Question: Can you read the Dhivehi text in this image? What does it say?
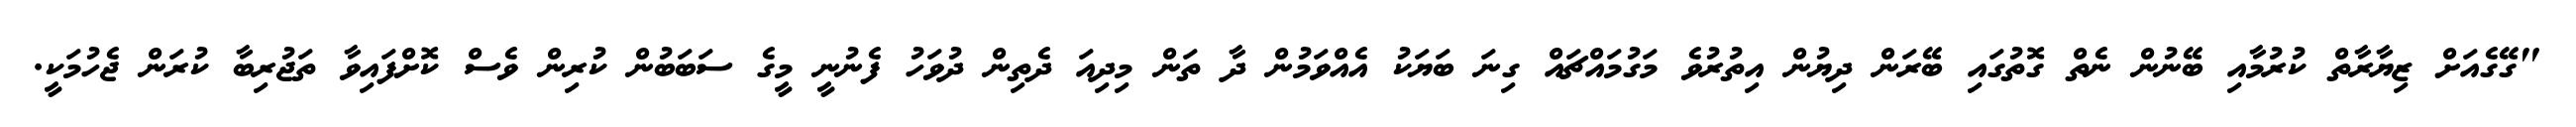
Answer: "ގޭގެއަށް ޒިޔާރާތް ކުރުމާއި ބޭނުން ނެތް ގޮތުގައި ބޭރަން ދިޔުން އިތުރުވެ މަގުމައްޗައް ގިނަ ބަޔަކު އެއްވަމުން ދާ ތަން މިދިއަ ދެތިން ދުވަހު ފެނުނީ މީގެ ސަބަބުން ކުރިން ވެސް ކޮށްފައިވާ ތަޖުރިބާ ކުރަން ޖެހުމަކީ.